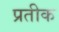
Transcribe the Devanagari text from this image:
प्रतीक